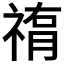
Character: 𥛂